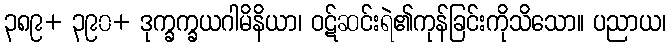
၃၈၉+ ၃၉၀+ ဒုက္ခက္ခယဂါမိနိယာ၊ ဝဋ်ဆင်းရဲ၏ကုန်ခြင်းကိုသိသော။ ပညာယ၊